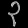
Digit: ၃